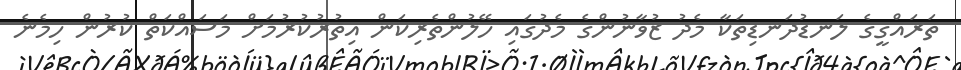
ތަރައްގީގެ ލަނޑުދަނޑިތަކާ މެދު ޒުވާނުންގެ މެދުގައި ހޭލުންތެރިކަން އިތުރުކުރުމަށް މަސައްކަތް ކުރުން ހިމެނެ